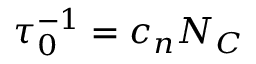
\tau _ { 0 } ^ { - 1 } = c _ { n } N _ { C }